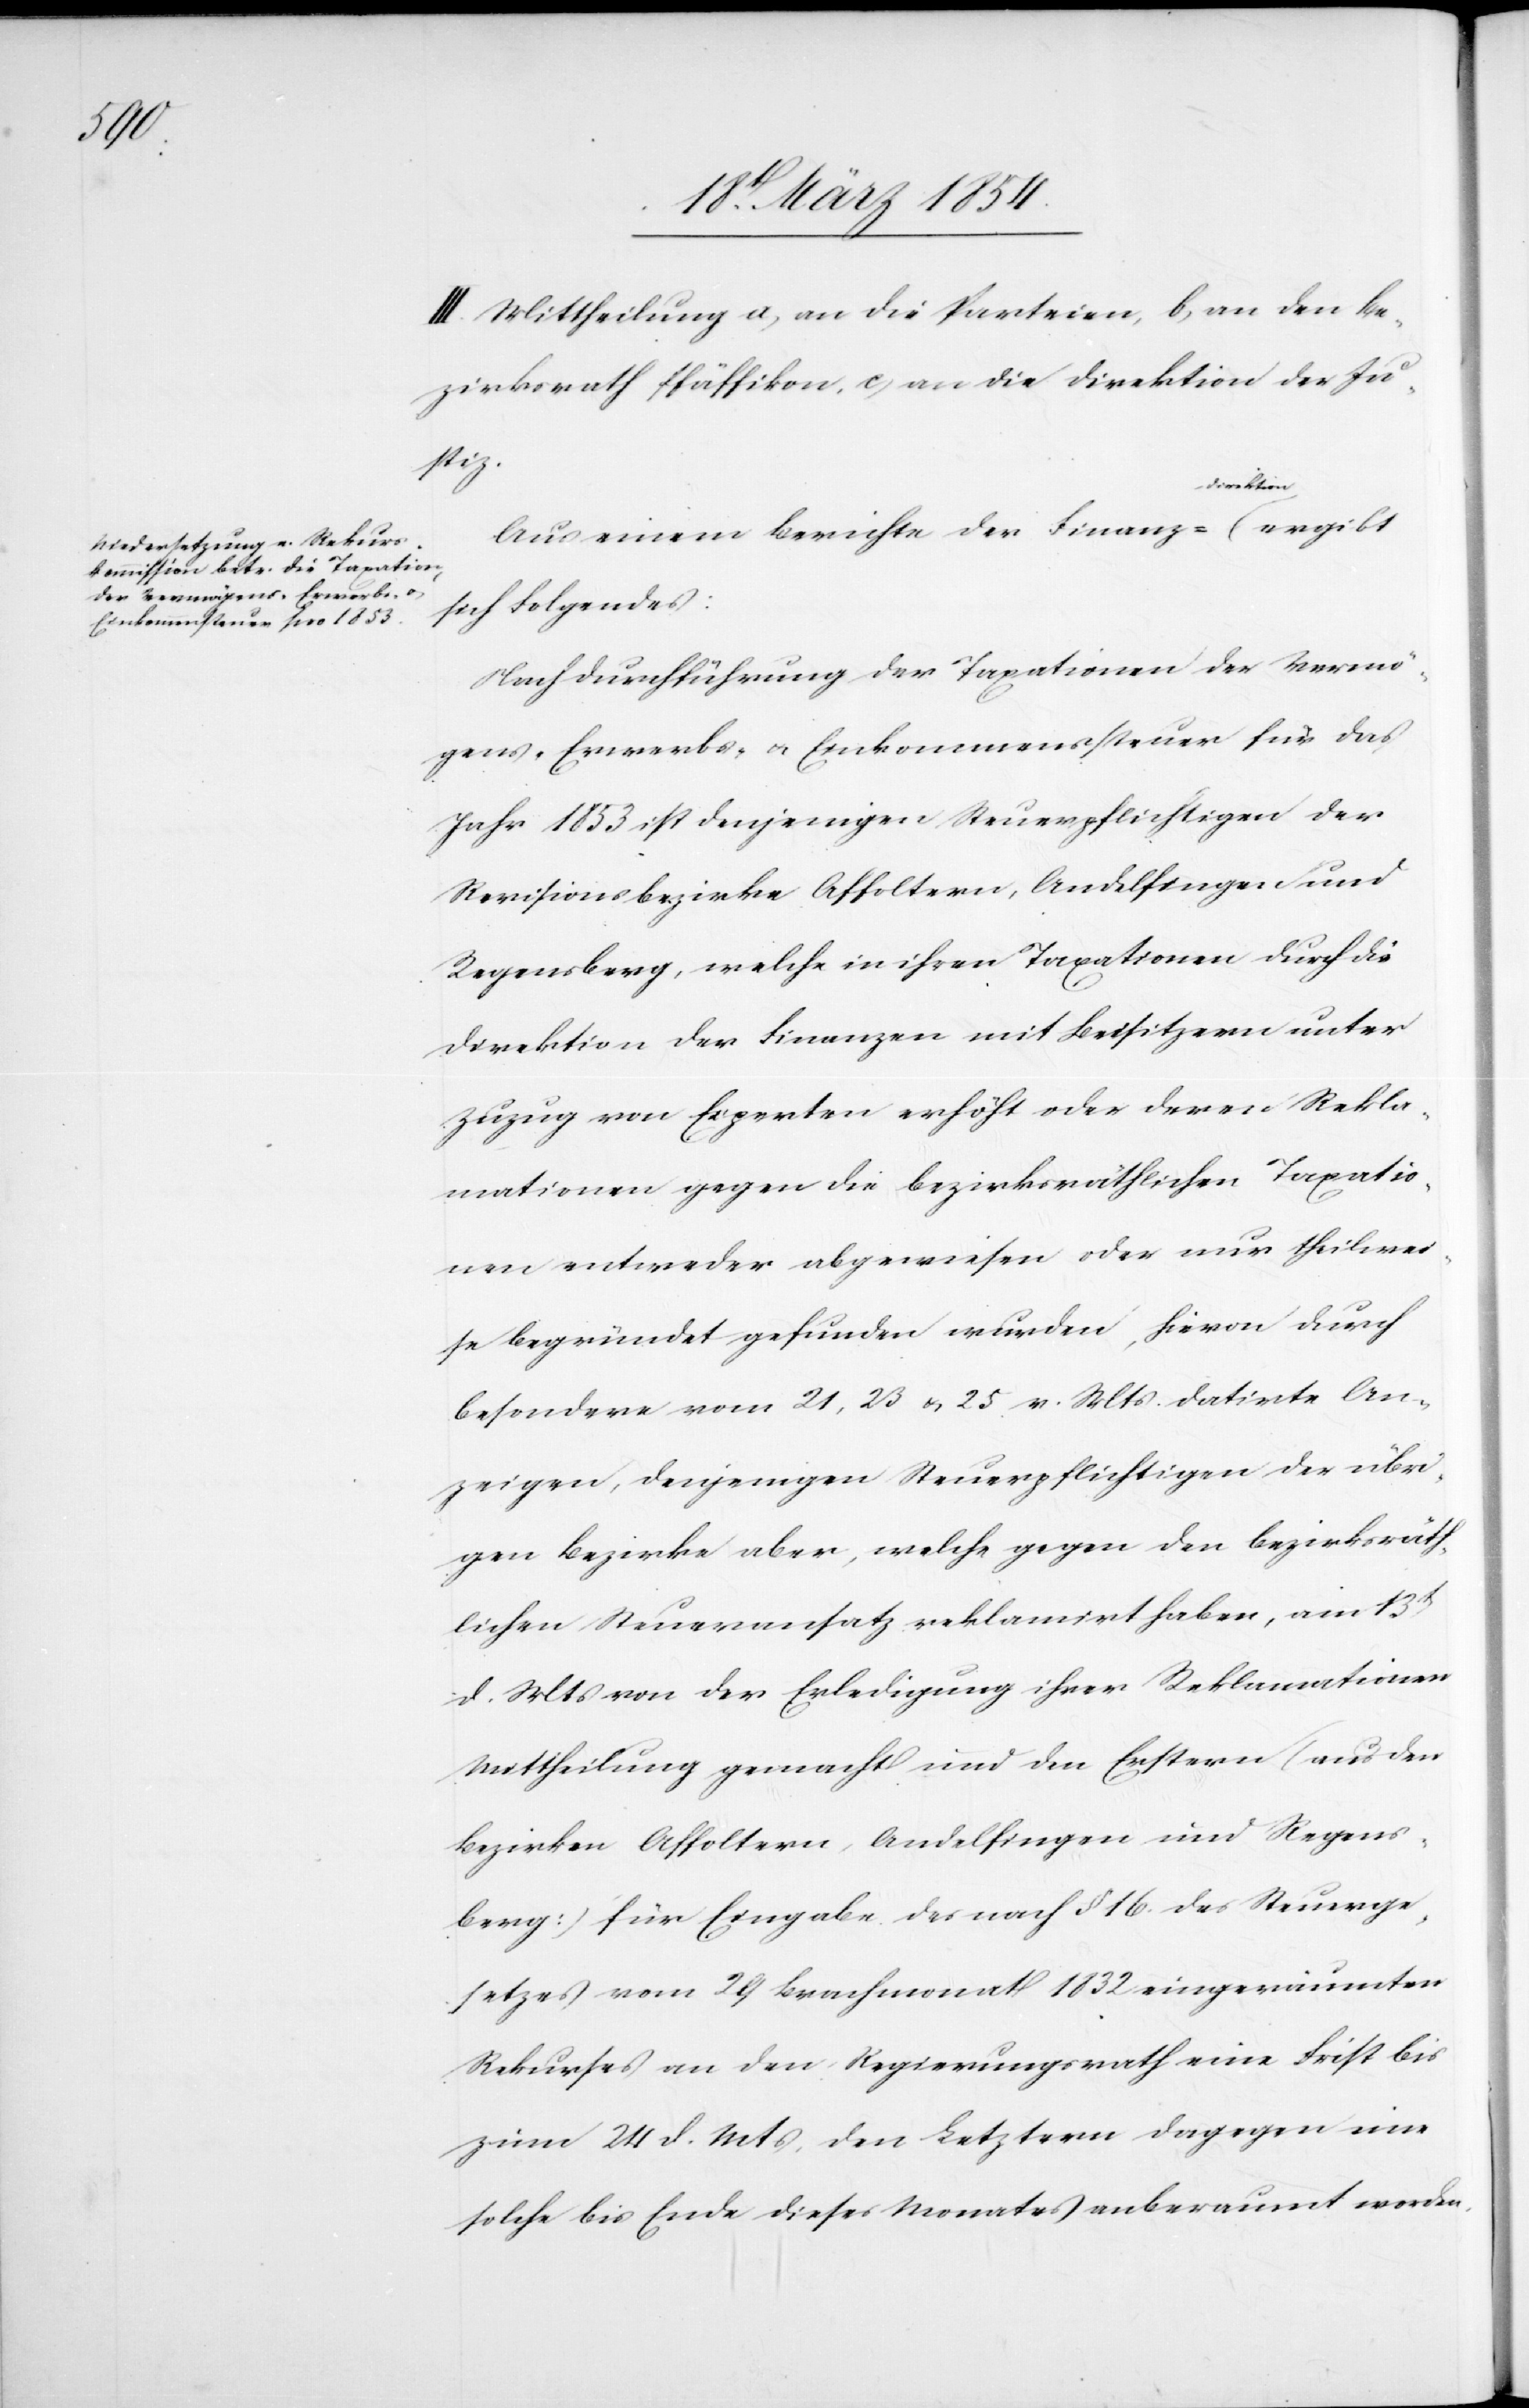
ion-a

III. Mittheilung a, an die Parteien, b, an den Be¬
zirksrath Pfäffikon, c, an die Direktion der Ju¬
stiz.
Aus einem Berichte der Finanz-a-Direkt¬
sich Folgendes:
Nach Durchführung der Taxationen der Vermö¬
gens-[,] Erwerbs- u. Einkommenssteuer für das
Jahr 1853 ist denjenigen Steuerpflichtigen der
Revisionsbezirke Affoltern, Andelfingen und
Regensberg, welche in ihren Taxationen durch die
Direktion der Finanzen mit Beisitzern unter
Zuzug von Experten erhöht oder deren Rekla¬
mationen gegen die bezirksräthlichen Taxatio¬
nen entweder abgewiesen oder nur theilwei¬
se begründet gefunden wurden, hievon durch
besondere vom 21, 23 u. 25 v. Mts datirte An¬
zeigen, denjenigen Steuerpflichtigen der übri¬
gen Bezirke aber, welche gegen den bezirksräth¬
lichen Steueransatz reklamirt haben, am 13t
d. Mts von der Erledigung ihrer Reklamationen
Mittheilung gemacht und den Erstern (aus den
Bezirken Affoltern, Andelfingen und Regens¬
berg) für Eingabe des nach § 16. des Steuerge¬
setzes vom 29 Brachmonat 1832 eingeräumten
Rekurses an den Regierungsrath eine Frist bis
zum 24 d. Mts, den Letztern dagegen eine
solche bis Ende dieses Monates anberaumt worden.